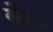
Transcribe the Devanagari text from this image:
बेद्दा